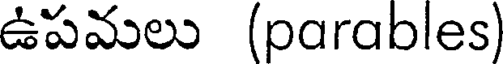
ఉపమలు (parables)